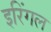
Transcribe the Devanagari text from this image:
इरिंगल